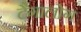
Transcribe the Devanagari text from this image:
टैगालोग